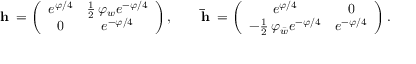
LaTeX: { \bf h _ { \varphi } } = \left( \begin{array} { c c } { { e ^ { \varphi / 4 } } } & { { { \frac { 1 } { 2 } } \, \varphi _ { w } e ^ { - \varphi / 4 } } } \\ { { 0 } } & { { e ^ { - \varphi / 4 } } } \end{array} \right) , \qquad { \bf \bar { h } _ { \varphi } } = \left( \begin{array} { c c } { { e ^ { \varphi / 4 } } } & { { 0 } } \\ { { - { \frac { 1 } { 2 } } \, \varphi _ { \bar { w } } e ^ { - \varphi / 4 } } } & { { e ^ { - \varphi / 4 } } } \end{array} \right) .